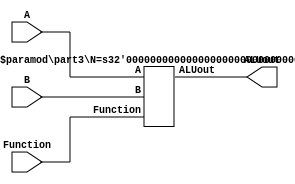
`timescale 1ns / 1ns

module test_module (A, B, Function, ALUout);
  parameter N = 5;

  input wire [N-1:0] A, B;
  output wire [2*N-1:0] ALUout;
  input wire [1:0] Function;

  part3 #(5) test (A, B, Function, ALUout);
endmodule

module part3 (A, B, Function, ALUout);
  parameter N = 4;

  input [N-1:0] A, B;
  output reg [2*N-1:0] ALUout;
  input [1:0] Function;

  always @(*)
  begin
    case (Function)
      0: ALUout = A+B;
      1: ALUout = |{A, B};
      2: ALUout = &{A, B};
      3: ALUout = {A, B};
      default: ALUout = 0;
    endcase
  end
endmodule